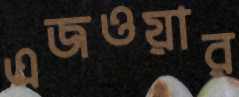
এজওয়ার